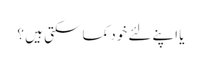
یا اپنے لئے خود کما سکتی ہیں ؟